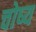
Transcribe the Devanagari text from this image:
चोष्‍य